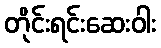
တိုင်းရင်းဆေးဝါး